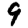
Digit: 9